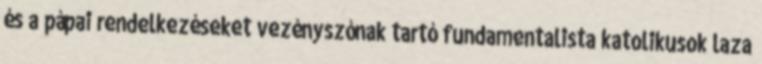
és a pápai rendelkezéseket vezényszónak tartó fundamentalista katolikusok laza